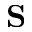
\mathbf { S }